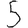
Digit: 5